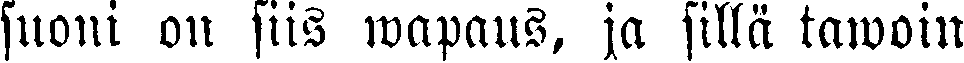
suoni on siis wapaus, ja sillä tawoin